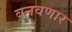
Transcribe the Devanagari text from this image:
बनवणार